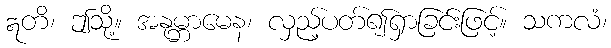
ဣတိ၊ ဤသို့။ အနုမ္ဘာမေန၊ လှည့်ပတ်၍ရှာခြင်းဖြင့်။ သကလံ၊